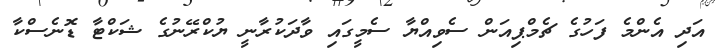
އަދި އެންމެ ފަހުގެ ޗެމްޕިއަން ސެވިއްޔާ ސެމީގައި ވާދަކުރާނީ ޔުކްރޭނުގެ ޝަކްޓާ ޑޮނެސްކާ